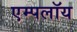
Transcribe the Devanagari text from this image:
एम्पलॉय